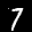
Label: 7